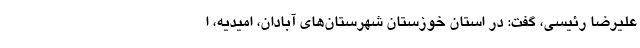
علیرضا رئیسی، گفت: در استان خوزستان شهرستان‌های آبادان، امیدیه، ا